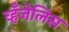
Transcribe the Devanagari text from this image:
व्हँजेलिस